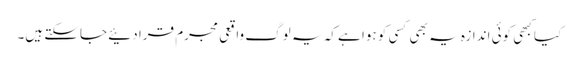
کیا کبھی کوئی اندازہ یہ بھی کسی کو ہوا ہے کہ یہ لوگ واقعی مجرم قرا دئیے جاسکتے ہیں۔